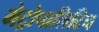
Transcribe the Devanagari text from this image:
मेट्रोपालिटिन